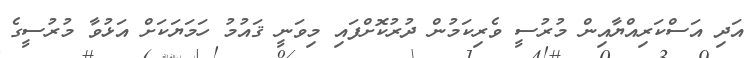
އަދި އަސްކަރިއްޔާއިން މުރުސީ ވެރިކަމުން ދުރުކޮށްފައި މިވަނީ ޤައުމު ހަމަޔަކަށް އަޅުވާ މުރުސީގެ